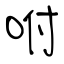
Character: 咐